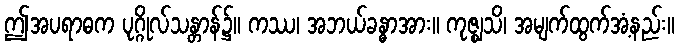
ဤအပရာဓက ပုဂ္ဂိုလ်သန္တာန်၌။ ကဿ၊ အဘယ်ခန္ဓာအား။ ကုဇ္ဈသိ၊ အမျက်ထွက်အံ့နည်း။